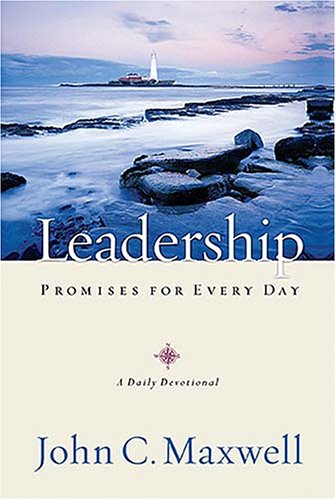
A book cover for Leadership Promises for Every Day: A Daily Devotional; John C. Maxwell; Christian Books & Bibles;